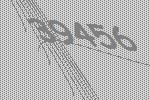
39456